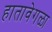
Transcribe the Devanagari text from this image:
हातावेगळा